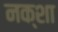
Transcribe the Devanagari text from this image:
नक्‍शा